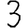
Digit: 3